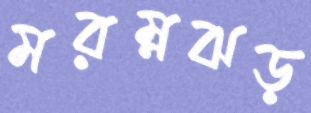
মরম্নঝড়